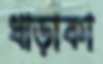
ধাড়াকা